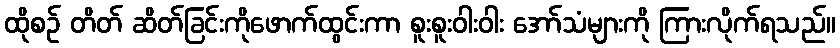
ထိုစဉ် တိတ် ဆိတ်ခြင်းကိုဖောက်ထွင်းကာ စူးစူးဝါးဝါး အော်သံများကို ကြားလိုက်ရသည်။